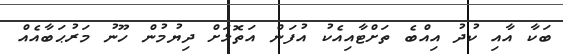
ބަކާ އާއި ކުދު އިއްބެ ތަށްޓާއިއެކު އުފަން އަތޮޅަށް ދިޔުމުން ހޫނު މަރުޙަބާއެއް